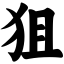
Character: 狙